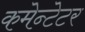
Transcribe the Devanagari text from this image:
कमेन्टेटर